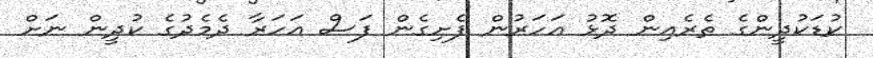
ކުޑަކުދީންގެ ތެރެއިން ދޮޅު އަހަރުން ފެށިގެން ފަސް އަހަރާ ދެމެދުގެ ކުދީން ނަށް